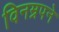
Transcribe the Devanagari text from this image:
विनम्रपने